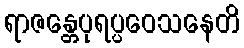
ရာဇန္တေပုရပ္ပဝေသနေတိ